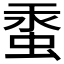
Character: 𧋔